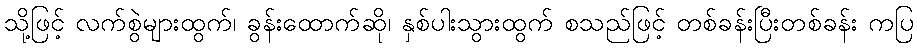
သို့ဖြင့် လက်စွဲများထွက်၊ ခွန်းထောက်ဆို၊ နှစ်ပါးသွားထွက် စသည်ဖြင့် တစ်ခန်းပြီးတစ်ခန်း ကပြ